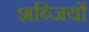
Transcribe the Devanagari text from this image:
शब्जियों